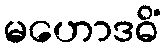
မဟောဒဓိံ